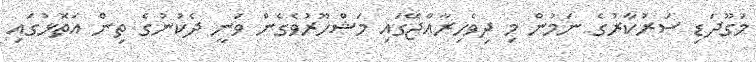
މަގޫދަޑި ސަރުކާރުގެ ނަމުން މި ދިވެހިރާއްޖޭގައި މަޝްހޫރުވެގެން ވަނީ ދެކުނުގެ ތިން އަތޮޅުގައި